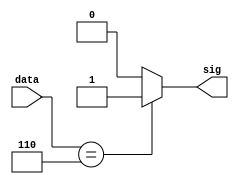
module convert_6(input [2:0] data,output reg sig);
	always@(data)
	begin
		if(data==3'b110)
		begin
			sig = 1'b1;
		end
		else
		begin
			sig = 1'b0;
		end
	end
endmodule